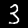
Label: 3